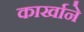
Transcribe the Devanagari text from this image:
कार्खाने